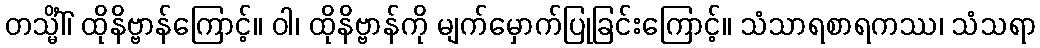
တသ္မိံါ်၊ ထိုနိဗ္ဗာန်ကြောင့်။ ဝါ၊ ထိုနိဗ္ဗာန်ကို မျက်မှောက်ပြုခြင်းကြောင့်။ သံသာရစာရကဿ၊ သံသရာ